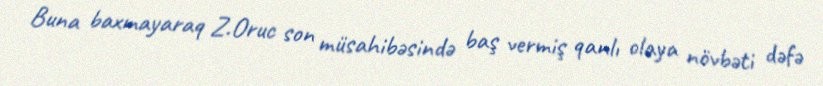
Buna baxmayaraq Z.Oruc son müsahibəsində baş vermiş qanlı olaya növbəti dəfə